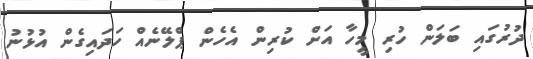
ދުރުގައި ބަލަން ހުރި މީހާ އަށް ކުރިން އެހެން ޕްލޭނެއް ހަދައިގެން އުޅުނު